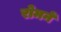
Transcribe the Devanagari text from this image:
रोमनें